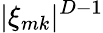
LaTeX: |\xi_{mk}|^{D-1}